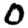
Digit: 0